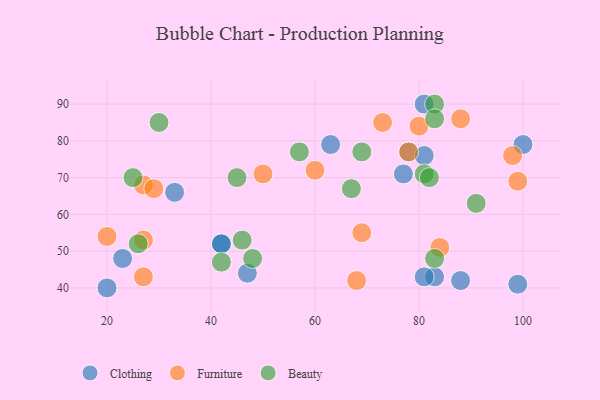
{"axis": {"x": "GDP", "y": "Life Expectancy"}, "legend": ["Beauty", "Clothing", "Furniture"], "data": [{"x": "42", "y": 52, "type": "Clothing"}, {"x": "81", "y": 90, "type": "Clothing"}, {"x": "47", "y": 44, "type": "Clothing"}, {"x": "88", "y": 42, "type": "Clothing"}, {"x": "33", "y": 66, "type": "Clothing"}, {"x": "63", "y": 79, "type": "Clothing"}, {"x": "77", "y": 71, "type": "Clothing"}, {"x": "83", "y": 43, "type": "Clothing"}, {"x": "100", "y": 79, "type": "Clothing"}, {"x": "78", "y": 77, "type": "Clothing"}, {"x": "81", "y": 43, "type": "Clothing"}, {"x": "20", "y": 40, "type": "Clothing"}, {"x": "99", "y": 41, "type": "Clothing"}, {"x": "23", "y": 48, "type": "Clothing"}, {"x": "42", "y": 52, "type": "Clothing"}, {"x": "81", "y": 76, "type": "Clothing"}, {"x": "60", "y": 72, "type": "Furniture"}, {"x": "99", "y": 69, "type": "Furniture"}, {"x": "69", "y": 55, "type": "Furniture"}, {"x": "88", "y": 86, "type": "Furniture"}, {"x": "84", "y": 51, "type": "Furniture"}, {"x": "27", "y": 53, "type": "Furniture"}, {"x": "50", "y": 71, "type": "Furniture"}, {"x": "20", "y": 54, "type": "Furniture"}, {"x": "73", "y": 85, "type": "Furniture"}, {"x": "27", "y": 43, "type": "Furniture"}, {"x": "78", "y": 77, "type": "Furniture"}, {"x": "27", "y": 68, "type": "Furniture"}, {"x": "29", "y": 67, "type": "Furniture"}, {"x": "68", "y": 42, "type": "Furniture"}, {"x": "80", "y": 84, "type": "Furniture"}, {"x": "98", "y": 76, "type": "Furniture"}, {"x": "45", "y": 70, "type": "Beauty"}, {"x": "48", "y": 48, "type": "Beauty"}, {"x": "26", "y": 52, "type": "Beauty"}, {"x": "67", "y": 67, "type": "Beauty"}, {"x": "46", "y": 53, "type": "Beauty"}, {"x": "25", "y": 70, "type": "Beauty"}, {"x": "30", "y": 85, "type": "Beauty"}, {"x": "83", "y": 48, "type": "Beauty"}, {"x": "83", "y": 90, "type": "Beauty"}, {"x": "91", "y": 63, "type": "Beauty"}, {"x": "57", "y": 77, "type": "Beauty"}, {"x": "81", "y": 71, "type": "Beauty"}, {"x": "69", "y": 77, "type": "Beauty"}, {"x": "82", "y": 70, "type": "Beauty"}, {"x": "42", "y": 47, "type": "Beauty"}, {"x": "83", "y": 86, "type": "Beauty"}]}